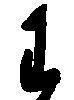
わ